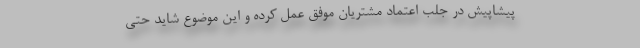
پیشاپیش در جلب اعتماد مشتریان موفق عمل کرده و این موضوع شاید حتی